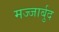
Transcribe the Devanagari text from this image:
मज्जार्बुद